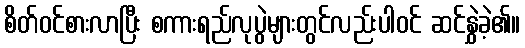
စိတ်ဝင်စားလာပြီး စကားရည်လုပွဲများတွင်လည်းပါဝင် ဆင်နွှဲခဲ့၏။